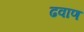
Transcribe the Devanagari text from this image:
ढवाण